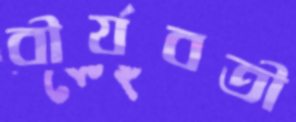
বীর্যবতী